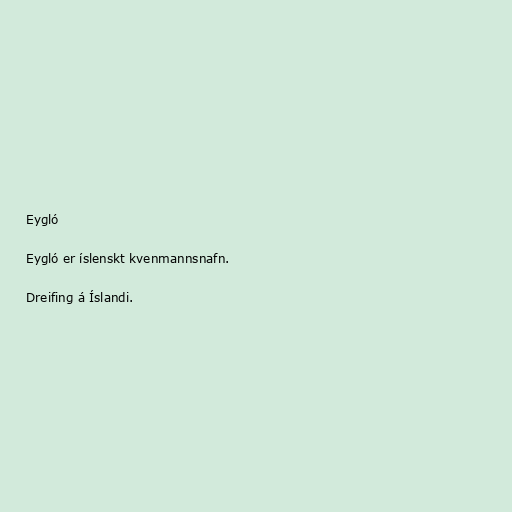
Eygló

Eygló er íslenskt kvenmannsnafn.

Dreifing á Íslandi.